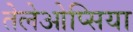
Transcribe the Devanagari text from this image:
तेलेओप्सिया